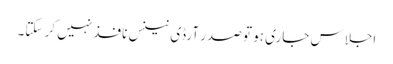
اجلاس جاری ہو تو صدر آرڈی نینس نافذ نہیں کر سکتا۔